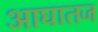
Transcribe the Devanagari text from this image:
आघातज